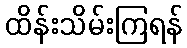
ထိန်းသိမ်းကြရန်